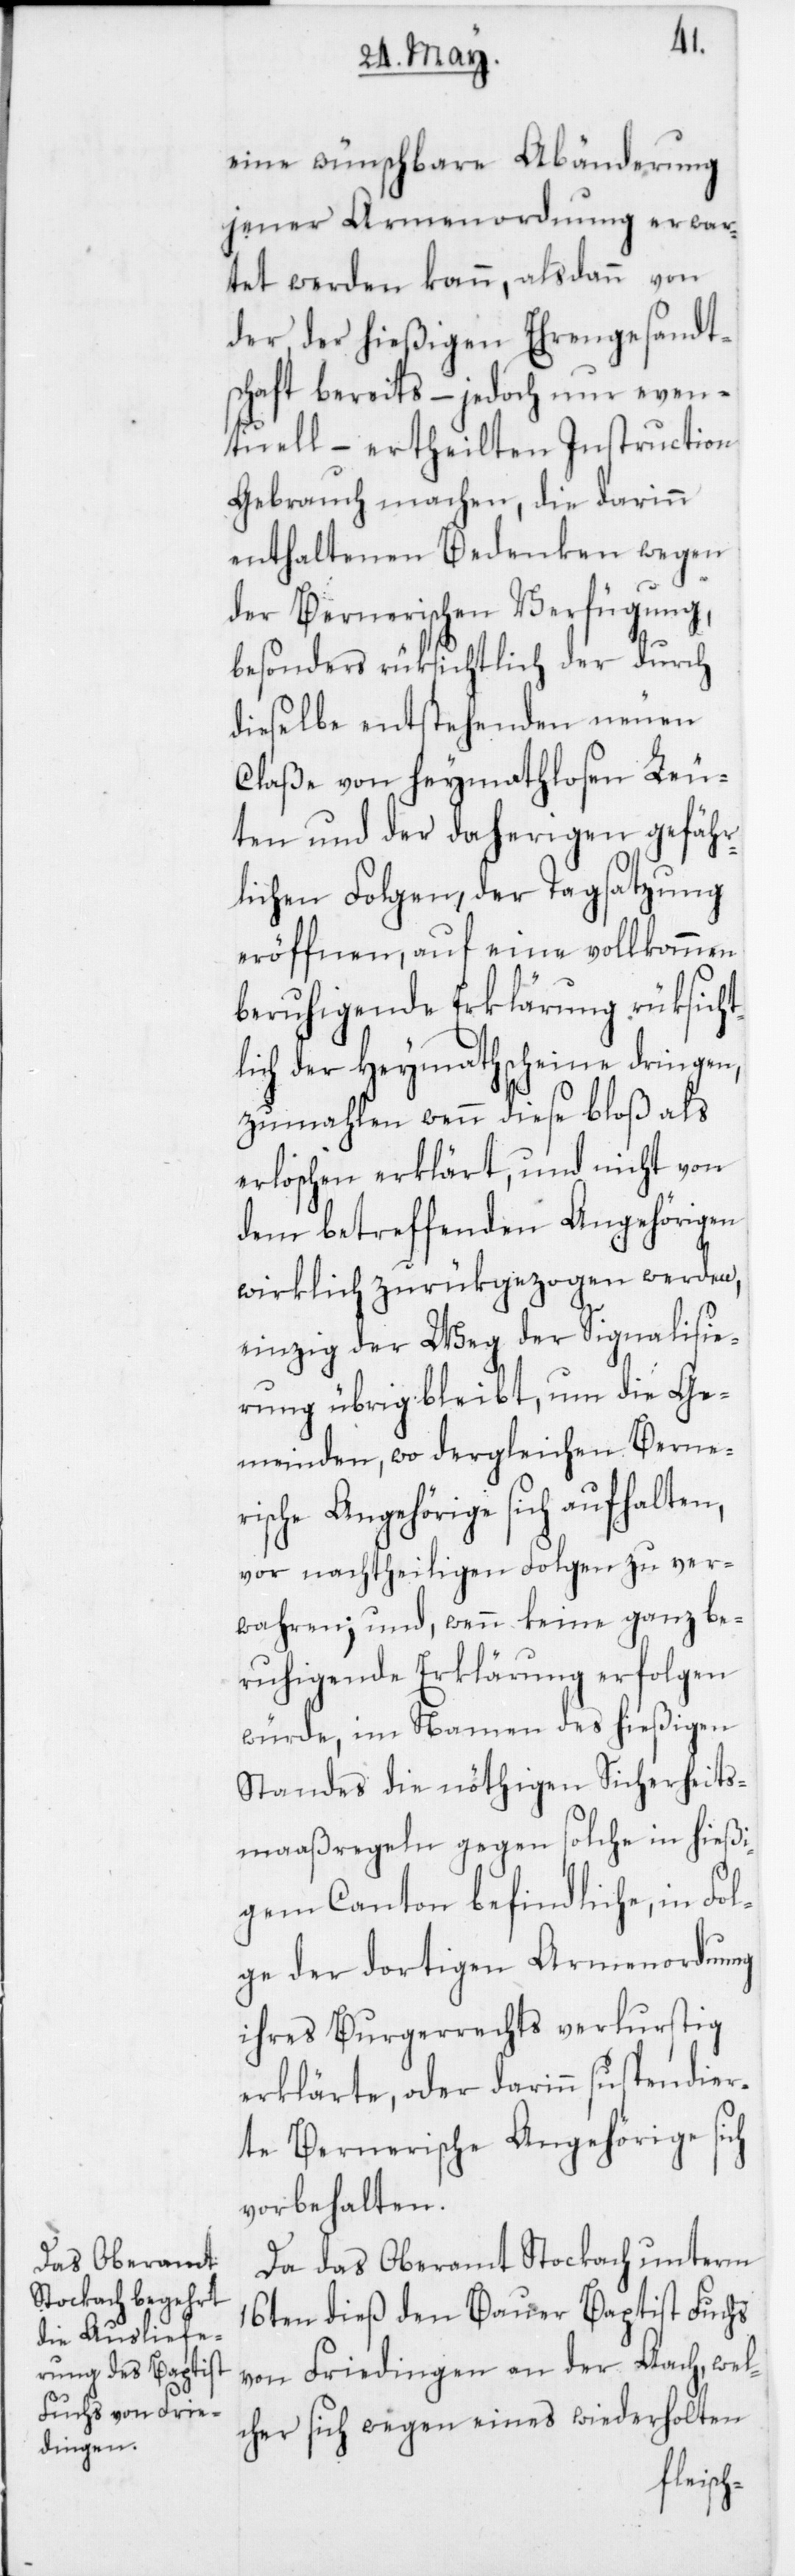
eine wünschbare Abänderung
jener Armenordnung erwar¬
tet werden kann, alsdann von
der hießigen Ehrengesandt¬
schaft bereits – jedoch nur even¬
tuell – ertheilten Instruction
Gebrauch machen, die darinn
enthaltenen Bedenken wegen
der Bernerischen Verfügung,
besonders rüksichtlich der durch
dieselbe entstehenden neuen
Claße von heymathlosen Leu¬
ten und der daherigen gefähr¬
lichen Folgen, der Tagsatzung
eröffnen, auf eine vollkommen
beruhigende Erklärung rüksicht¬
lich der Heymathscheine dringen,
zumahlen wenn diese bloß als
erloschen erklärt, und nicht von
dem betreffenden Angehörigen
wirklich zurükgezogen werden,
einzig der Weg der Signalisie¬
rung übrig bleibt, um die Ge¬
meinden, wo dergleichen Berner¬
ische Angehörige sich aufhalten,
vor nachtheiligen Folgen zu ver¬
wahren; und wenn keine ganz be¬
ruhigende Erklärung erfolgen
würde, im Namen des hießigen
Standes die nöthigen Sicherheits¬
maaßregeln gegen solche in hießi¬
gem Canton befindliche, in Fol¬
ge der dortigen Armenordnung
ihres Burgerrechts verlurstig
erklärte, oder darinn suspendier¬
te Bernerische Angehörige sich
vorbehalten.
Da das Oberamt Stockach unterm
16ten dieß den Bauer Baptist Fuchs
von Friedingen an der Aach, wel¬
cher sich wegen eines wiederholten